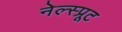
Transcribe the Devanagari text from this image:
नेल्स्प्रूट